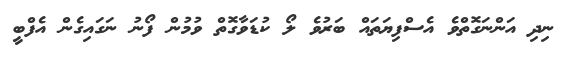
ނިދި އަންނަގޮތްވެ އެސްފިޔަތައް ބަރުވެ ލޯ ކުޑަވާގޮތް ވުމުން ފޯނު ނަގައިގެން އެފްބީ